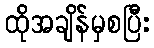
ထိုအချိန်မှစပြီး